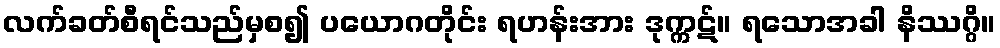
လက်ခတ်စီရင်သည်မှစ၍ ပယောဂတိုင်း ရဟန်းအား ဒုက္ကဋ်။ ရသောအခါ နိဿဂ္ဂိ။